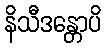
နိသီဒန္တောပိ